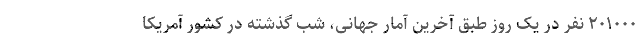
۲۰۱۰۰۰ نفر در یک روز طبق آخرین آمار جهانی، شب گذشته در کشور آمریکا